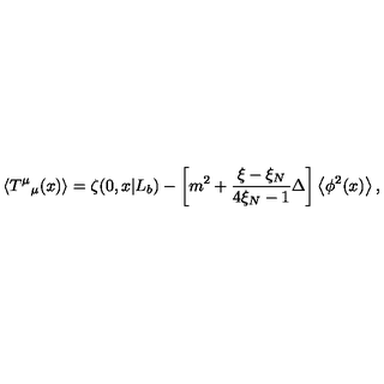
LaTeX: \left< T ^ { \mu } { } _ { \mu } ( x ) \right> = \zeta ( 0 , x | L _ { b } ) - \left[ m ^ { 2 } + \frac { \xi - \xi _ { N } } { 4 \xi _ { N } - 1 } \Delta \right] \left< \phi ^ { 2 } ( x ) \right> ,